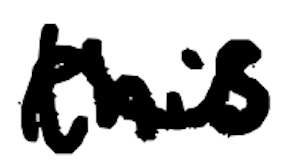
Text: this
Cross-out: wave
Writing tool: digital_black